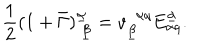
LaTeX: { \frac { 1 } { 2 } } ( 1 + \bar { \Gamma } ) _ { ~ \underline { { \beta } } } ^ { \underline { { \alpha } } } = v _ { \underline { { \beta } } } ^ { ~ ~ \alpha q } E _ { \alpha q } ^ { \underline { { \alpha } } } .